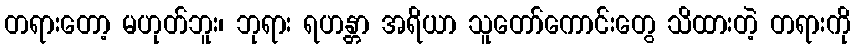
တရားတော့ မဟုတ်ဘူး၊ ဘုရား ရဟန္တာ အရိယာ သူတော်ကောင်းတွေ သိထားတဲ့ တရားကို